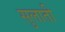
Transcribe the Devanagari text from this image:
सुलाती